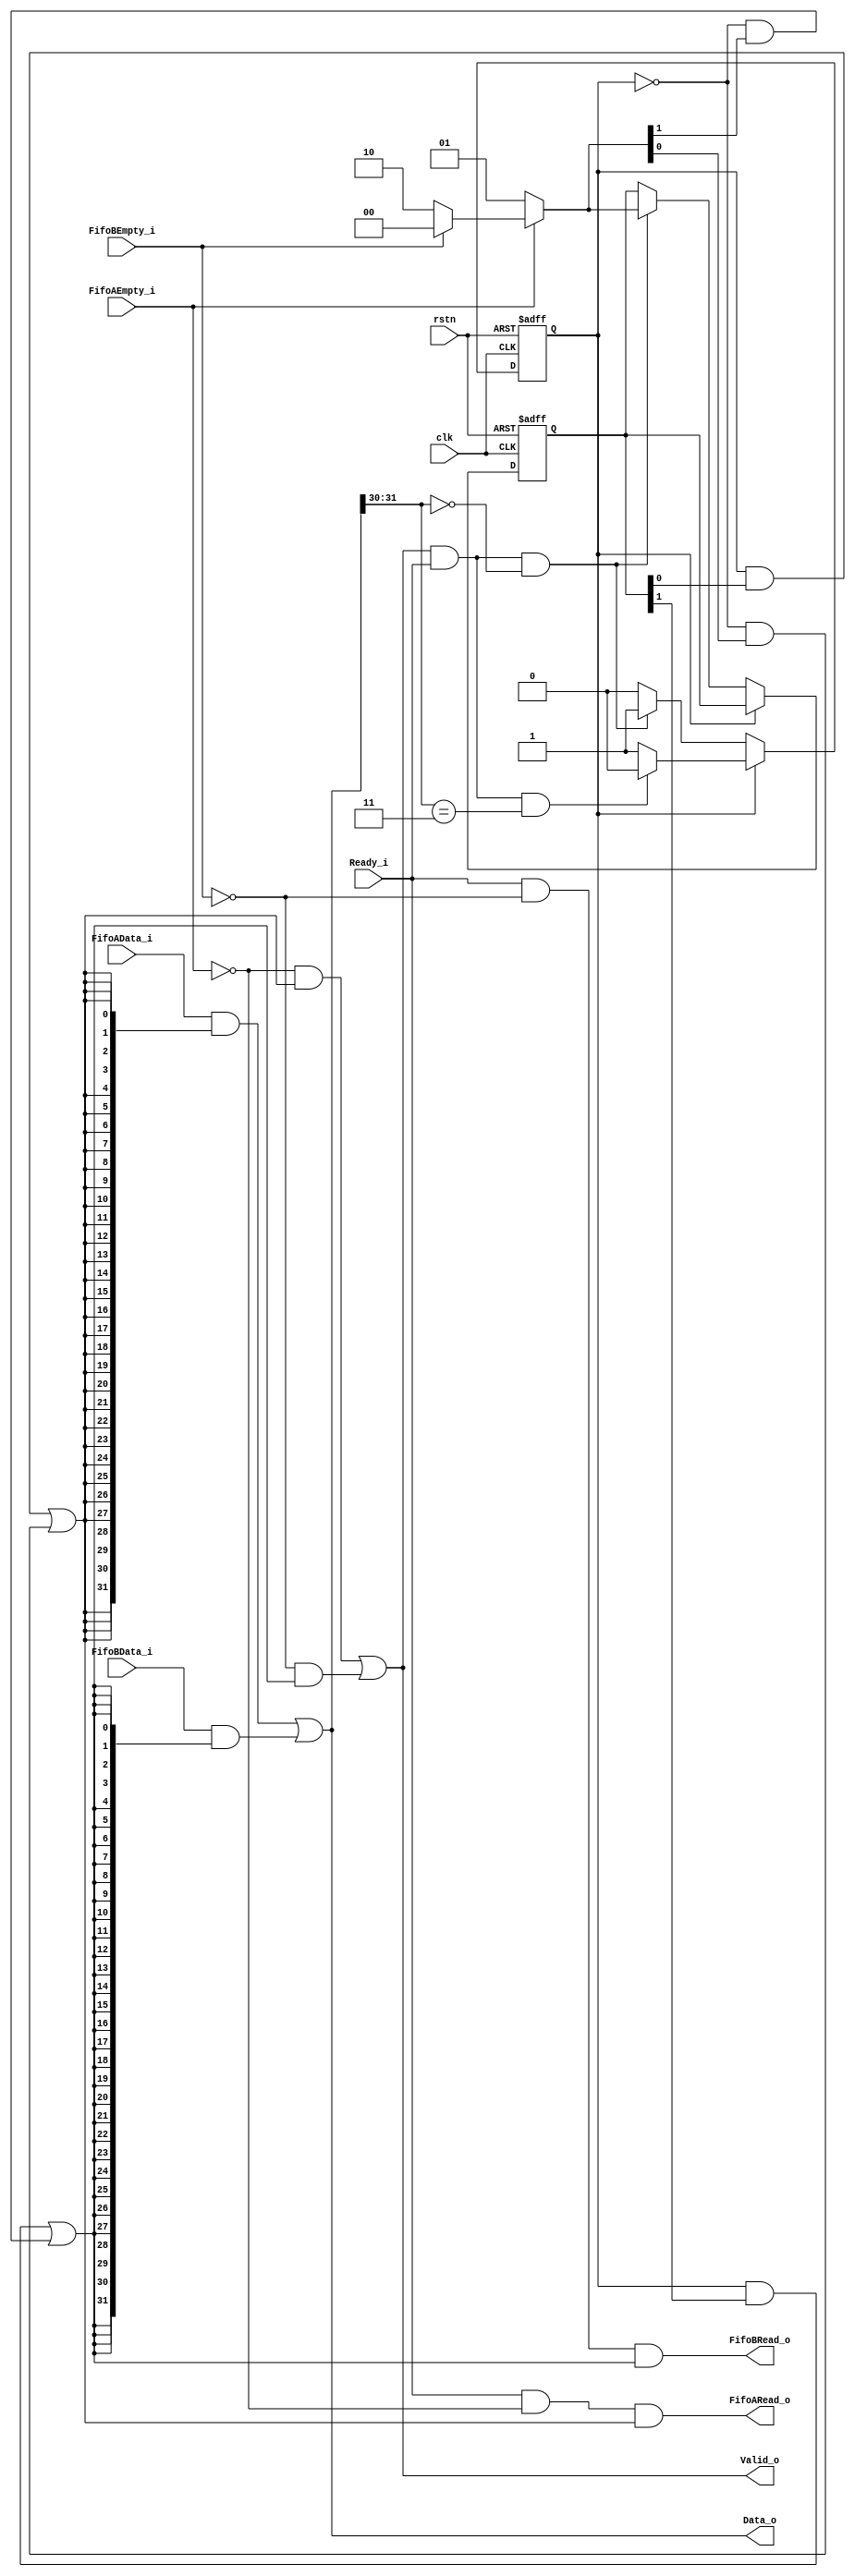
module  Emit    (
    input   wire                    clk,
    input   wire                    rstn,

    input   wire                    FifoAEmpty_i,
    input   wire    [31:0]          FifoAData_i,
    output  wire                    FifoARead_o,

    input   wire                    FifoBEmpty_i,
    input   wire    [31:0]          FifoBData_i,
    output  wire                    FifoBRead_o,

    output  wire                    Valid_o,
    output  wire    [31:0]          Data_o,
    input   wire                    Ready_i
);

wire            Fire;

assign  Fire    =   Valid_o &   Ready_i;

wire    [1:0]   FlitTpye;

assign  FlitTpye    =   Data_o[31:30];

wire            HeadFlit,TailFlit;

assign  HeadFlit    =   FlitTpye    ==  2'b00;
assign  TailFlit    =   FlitTpye    ==  2'b11;

wire    [1:0]   Grant;

assign  Grant   =   ~FifoAEmpty_i   ?   2'b01   :   (
                    ~FifoBEmpty_i   ?   2'b10   :   2'b00);

reg             Occupy = 1'b0;
reg     [1:0]   GrantReg = 2'b00;

always@(posedge clk or negedge rstn) begin
    if(~rstn) begin
        Occupy      <=  1'b0;
        GrantReg    <=  2'b00;
    end else begin 
        if(Occupy) begin
            if(Fire  &   TailFlit) begin
                Occupy      <=  1'b0;
            end
        end else begin
            if(Fire  &   HeadFlit) begin
                Occupy      <=  1'b1;
                GrantReg    <=  Grant;
            end
        end
    end
end

assign  Data_o  =   (FifoAData_i    &   {32{(Occupy &   GrantReg[0])    |   (~Occupy    &   Grant[0])}})    |
                    (FifoBData_i    &   {32{(Occupy &   GrantReg[1])    |   (~Occupy    &   Grant[1])}})    ;

assign  Valid_o =   (~FifoAEmpty_i  &   ((Occupy    &   GrantReg[0])    |   (~Occupy    &   Grant[0]))) |
                    (~FifoBEmpty_i  &   ((Occupy    &   GrantReg[1])    |   (~Occupy    &   Grant[1]))) ;

assign  FifoARead_o =   Ready_i &   ~FifoAEmpty_i   &   ((Occupy    &   GrantReg[0])    |   (~Occupy    &   Grant[0]));

assign  FifoBRead_o =   Ready_i &   ~FifoBEmpty_i   &   ((Occupy    &   GrantReg[1])    |   (~Occupy    &   Grant[1]));

endmodule